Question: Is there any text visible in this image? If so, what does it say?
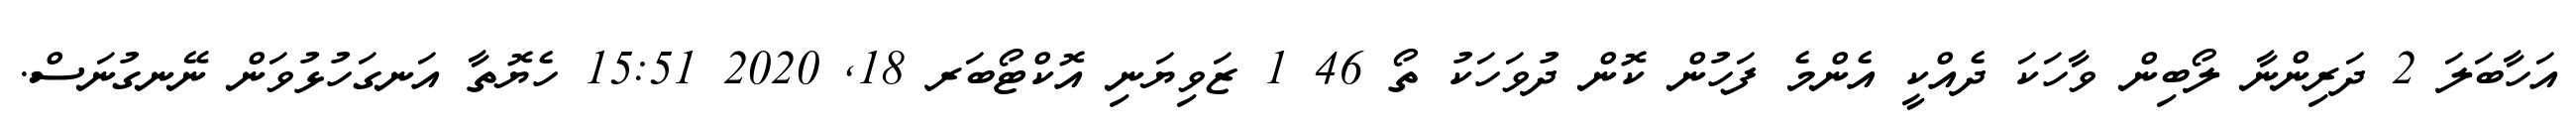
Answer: އަހާބަލަ 2 ދަރިންނާ ލޯބިން ވާހަކަ ދެއްކީ އެންމެ ފަހުން ކޮން ދުވަހަކު ތޯ 46 1 ޒަވިޔަނި އޮކްޓޯބަރ 18, 2020 15:51 ހެޔޮތާ އަނގަހުޅުވަން ނޭނގުނަސް.